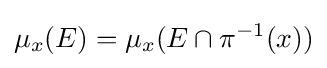
\mu _{x}(E)=\mu _{x}(E\cap \pi ^{-1}(x))